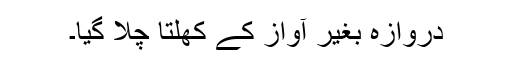
دروازہ بغیر آواز کے کھلتا چلا گیا۔